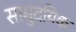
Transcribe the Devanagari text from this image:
सामुदयिक